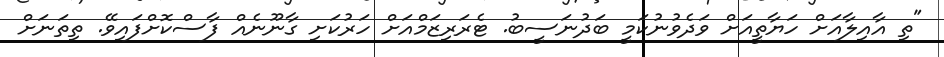
"ތި އާއިލާއަށް ހަޔާތީއަށް ވަދެވުނުކަމީ ބަދުނަސީބު. ޓެރަރިޒަމްއަށް ހަރުކަށި ގާނޫނެއް ފާސްކޮށްފައިވޭ. ތިތަނަށް